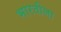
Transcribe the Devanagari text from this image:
भारतीला